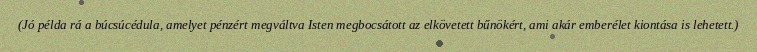
(Jó példa rá a búcsúcédula, amelyet pénzért megváltva Isten megbocsátott az elkövetett bűnökért, ami akár emberélet kiontása is lehetett.)